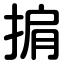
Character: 掮